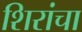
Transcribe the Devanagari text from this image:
शिरांचा